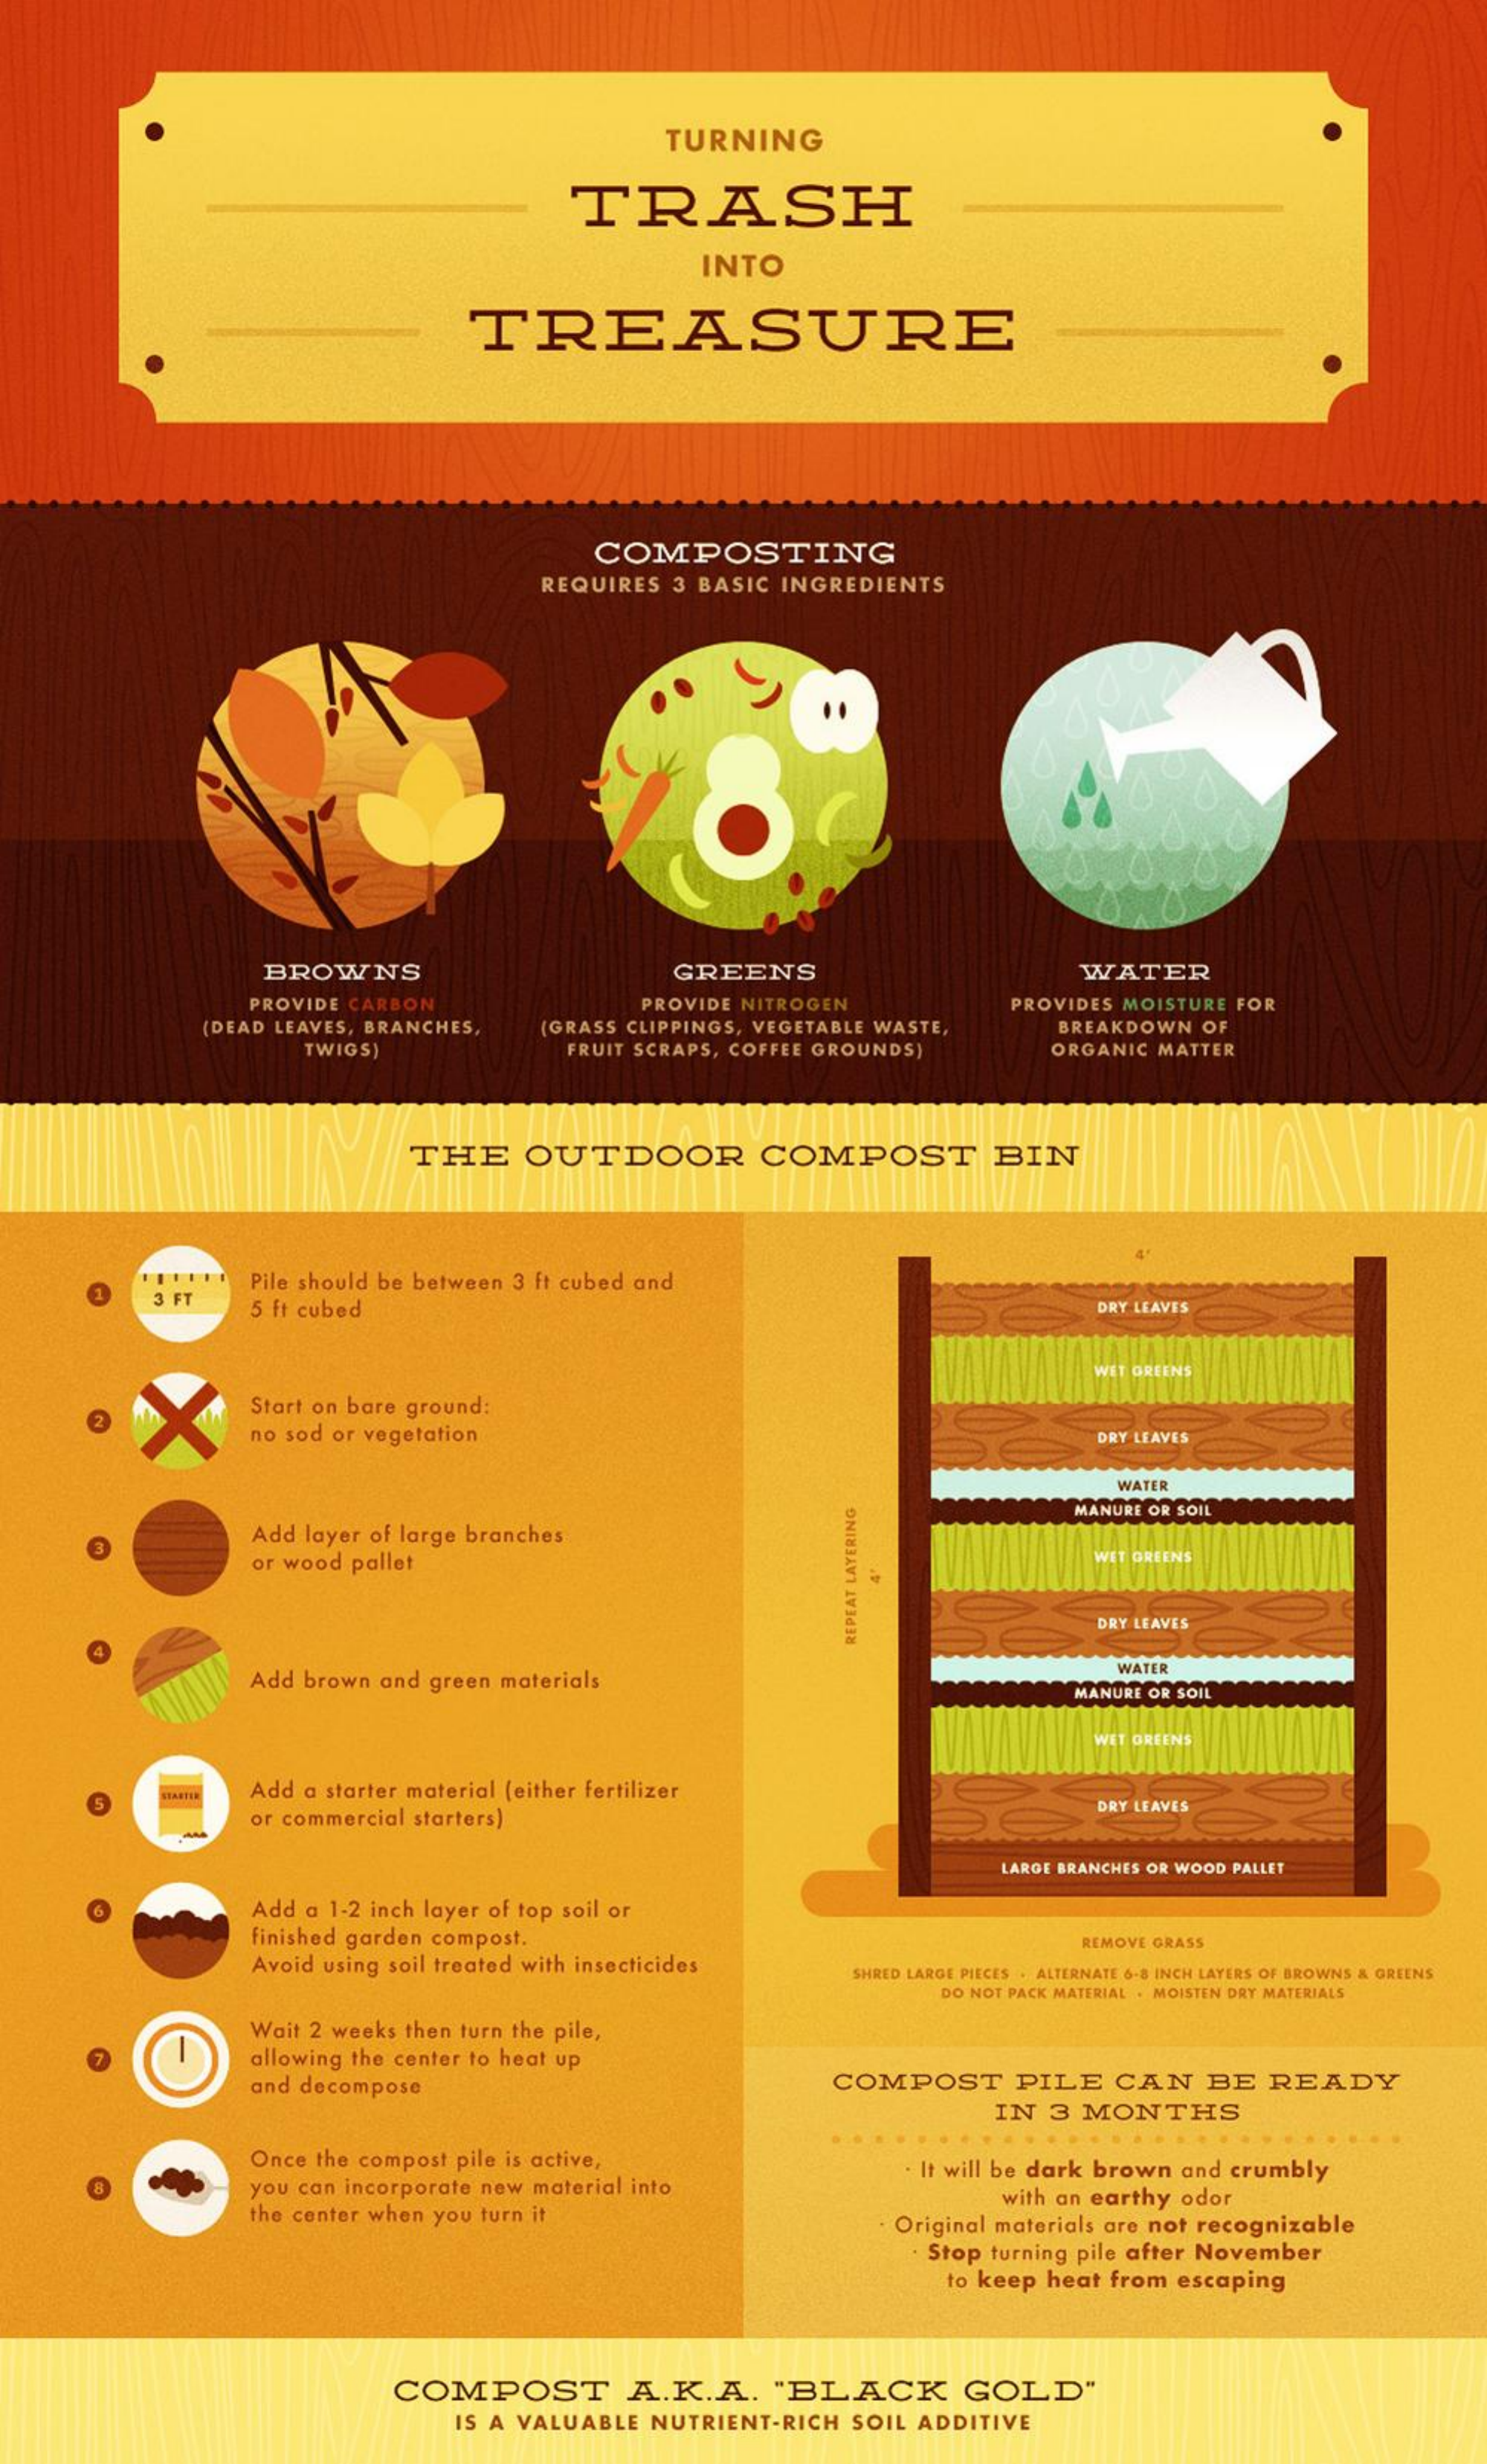
TURNING
     TRASH
     INTO
     TREASURE
     COMPOSTING
     REQUIRES    3 BASIC   INGREDIENTS
     BROWNS    GREENS    WATER
     PROVIDE  CARBON    PROVIDE NITROGEN
     (DEAD LEAVES,  BRANCHES,
     PROVIDES  MOISTURE  FOR
     (GRASS CLIPPINGS,  VEGETABLE  WASTE,
     TWIGS)    FRUIT SCRAPS, COFFEE  GROUNDS)
     BREAKDOWN    OF
     ORGANIC   MATTER
     THE    OUTDOOR    COMPOST    BIN
     Pile should be between 3 ft cubed  and
     3 FT
     5 ft cubed    DRY LEAVES
     WET GREENS
     Start on bare ground:
     no sod or vegetation    DRY LEAVES
     WATER
     Add layer of large branches
     MANURE OR SOIL
     or wood pallet    WET GREENS
     DRY LEAVES REPEAT
     LAYERING
     Add  brown  and  green materials
     WATER
     MANURE OR SOIL
     WET GREENS
     Add  a starter material (either fertilizer
     or commercial starters)
     DRY LEAVES
     LARGE BRANCHES OR WOOD PALLET
     Add a  1-2 inch layer of top soil or
     finished garden compost.
     Avoid using soil treated with insecticides
     REMOVE GRASS
     SHRED LARGE PIECES . ALTERNATE 6-8 INCH LAYERS OF BROWNS & GREENS
     DO NOT PACK MATERIAL . MOISTEN DRY MATERIALS
     Wait 2 weeks  then turn the pile,
     allowing the center to heat up
     and decompose    COMPOST    PILE    CAN    BE   READY
     IN   3  MONTHS
     Once the compost  pile is active,
     you  can incorporate new  material into
     . It will be dark brown  and  crumbly
     the center when you turn it
     with an earthy  odor
     Original materials are not  recognizable
     Stop turning pile after November
     to keep  heat  from  escaping
     COMPOST    A.K.A.    "BLACK    GOLD"
     IS A VALUABLE    NUTRIENT-RICH    SOIL  ADDITIVE